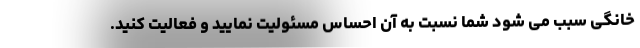
خانگی سبب می شود شما نسبت به آن احساس مسئولیت نمایید و فعالیت کنید.